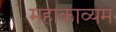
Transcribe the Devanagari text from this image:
महाकाव्यम